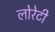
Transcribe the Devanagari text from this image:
लोरेटी